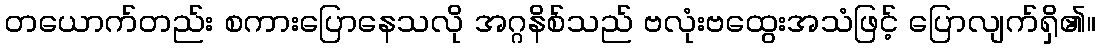
တယောက်တည်း စကားပြောနေသလို အဂ္ဂနိစ်သည် ဗလုံးဗထွေးအသံဖြင့် ပြောလျက်ရှိ၏။